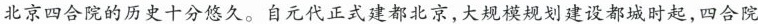
北京四合院的历史十分悠久。自元代正式建都北京，大规模规划建设都城时起，四合院